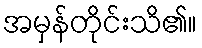
အမှန်တိုင်းသိ၏။